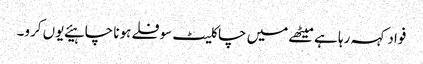
فواد کہہ رہا ہے میٹھے میں چاکلیٹ سوفلے ہونا چاہیئے یوں کرو۔